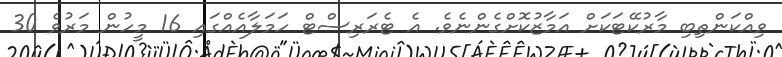
ވިއްކަންތިބި މާރުކޭޓަކަށް އަމާޒުކޮށްގެންނެވެ. އެ ޓެރަރިސްޓް ހަމަލާއެއްގައި 16 މީހުން މަރުވެ 30